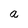
Character: a